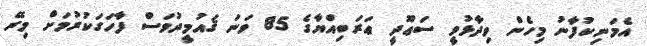
އެމަނިކުފާނު މިހެން ވިދާޅުވީ ސަޢޫދީ ޢަރަބިއްޔާގެ 85 ވަނަ ޤައުމީދުވަސް ފާހަގަކުރުމަށް މިރޭ